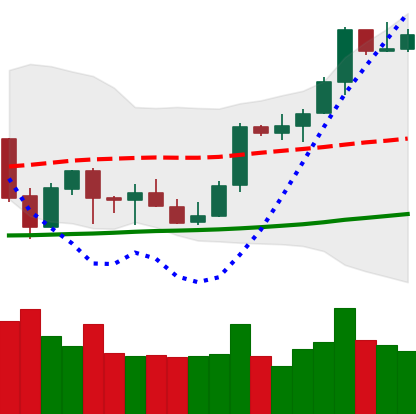
Ticker: BTC-USD
Chart end date: 2021-10-09
Forward return: 4.281%
Label: up_3_5